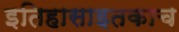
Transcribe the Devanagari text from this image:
इतिहासाइतकाच